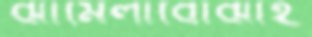
ঝামেলাবোঝাই